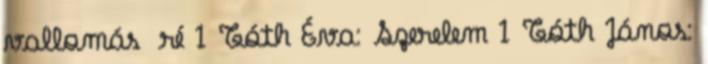
vallomás ré 1 Tóth Éva: Szerelem 1 Tóth János: